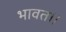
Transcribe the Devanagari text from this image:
भावत।।